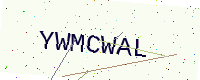
Text: YWMCWAL